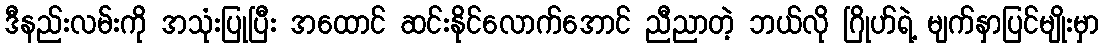
ဒီနည်းလမ်းကို အသုံးပြုပြီး အထောင် ဆင်းနိုင်လောက်အောင် ညီညာတဲ့ ဘယ်လို ဂြိုဟ်ရဲ့ မျက်နှာပြင်မျိုးမှာ